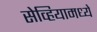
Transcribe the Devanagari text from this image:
सेव्हियामध्ये